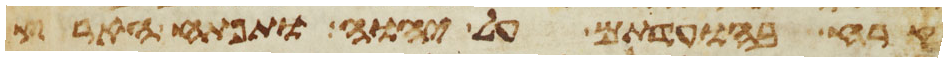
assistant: קרח בהועדתם על יהוה ותפתח הארץ